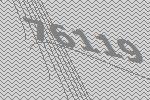
76119